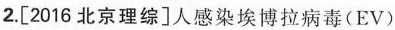
2.[2016北京理综]人感染埃博拉病毒(EV)